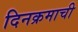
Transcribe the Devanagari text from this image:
दिनक्रमाची